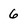
Character: 6